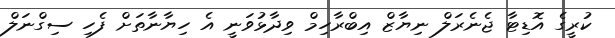
ކުރީގެ އޮޑިޓާ ޖެނެރަލް ނިޔާޒް އިބްރާހިމް ވިދާޅުވަނީ އެ ހިޔާނާތަށް ފެހި ސިގްނަލް